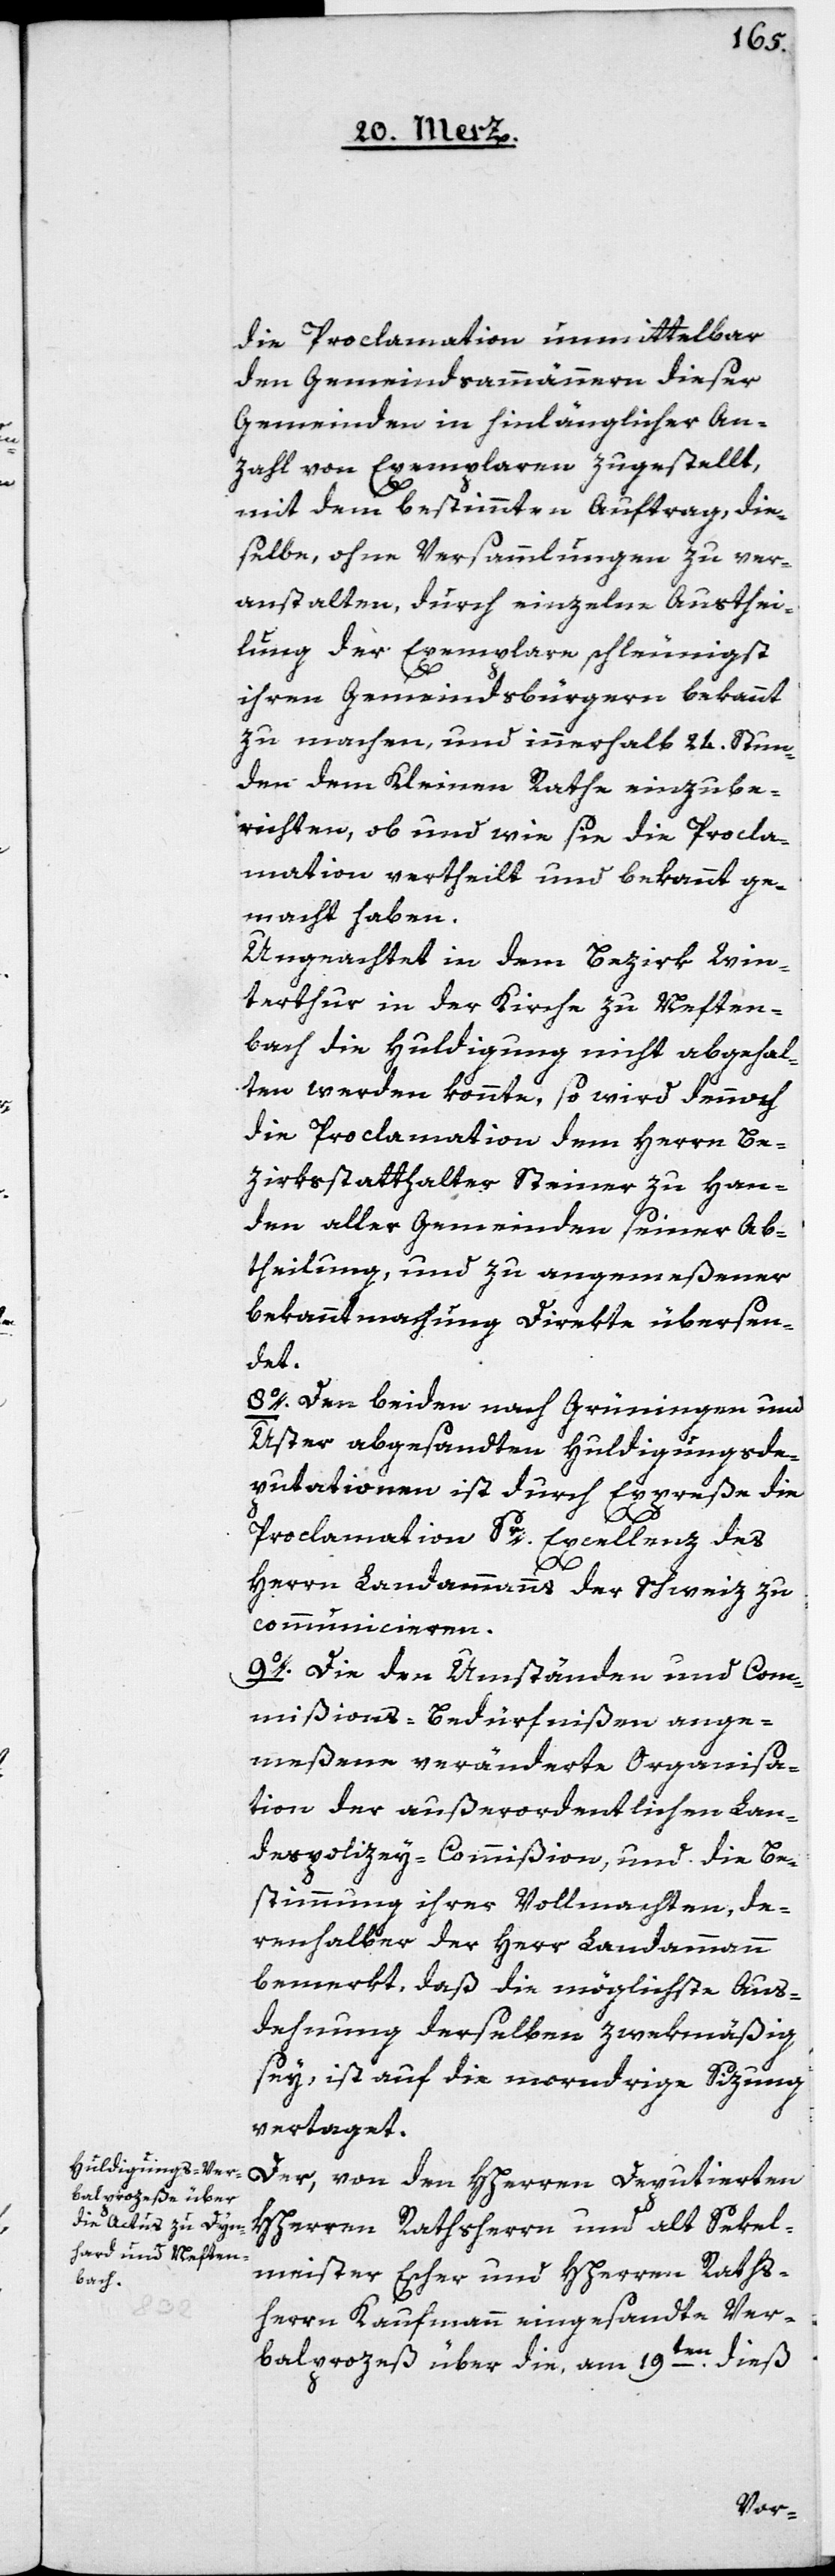
die Proclamation unmittelbar
den Gemeindsammännern dieser
Gemeinden in hinlänglicher An¬
zahl von Exemplaren zugestellt,
mit dem bestimmten Auftrag, die¬
selbe, ohne Versammlungen zu ver¬
anstalten, durch einzelne Austhei¬
lung der Exemplare schleunigst
ihren Gemeindsbürgern bekannt
zu machen, und innerhalb 24. Stun¬
den dem Kleinen Rathe einzube¬
richten, ob und wie sie die Procla¬
mation vertheilt und bekannt ge¬
macht haben.
Ungeachtet in dem Bezirk Win¬
terthur in der Kirche zu Neften¬
bach die Huldigung nicht abgehal¬
ten werden konnte, so wird dennoch
die Proclamation dem Herrn Be¬
zirksstatthalter Steiner zu Han¬
den aller Gemeinden seiner Ab¬
theilung, und zu angemeßener
Bekanntmachung direkte übersen¬
det.
8o. Den beiden nach Grüningen und
Uster abgesandten Huldigungsde¬
putationen ist durch Expresse die
Proclamation Sr. Excellenz des
Herrn Landammanns der Schweiz zu
communicieren.
9o. Die den Umständen und Com¬
mißion-Bedürfnißen ange¬
meßene veränderte Organisa¬
tion der außerordentlichen Lan¬
despolizey-Commißion, und die Be¬
stimmung ihrer Vollmachten, de¬
renhalber der Herr Landammann
bemerkt, daß die möglichste Aus¬
dehnung derselben zweckmäßig
sey, ist auf die morndrige Sizung
vertaget.
Der, von den HHerren Deputierten
HHerren Rathsherrn und alt Sekel¬
meister Escher und HHerrn Raths¬
herrn Kaufmann eingesandte Ver¬
balprozeß über die, am 19ten dieß